Civil Veterinary Department. Madras. Admin. report 1910-25 - 1910-1925
Year: 1910
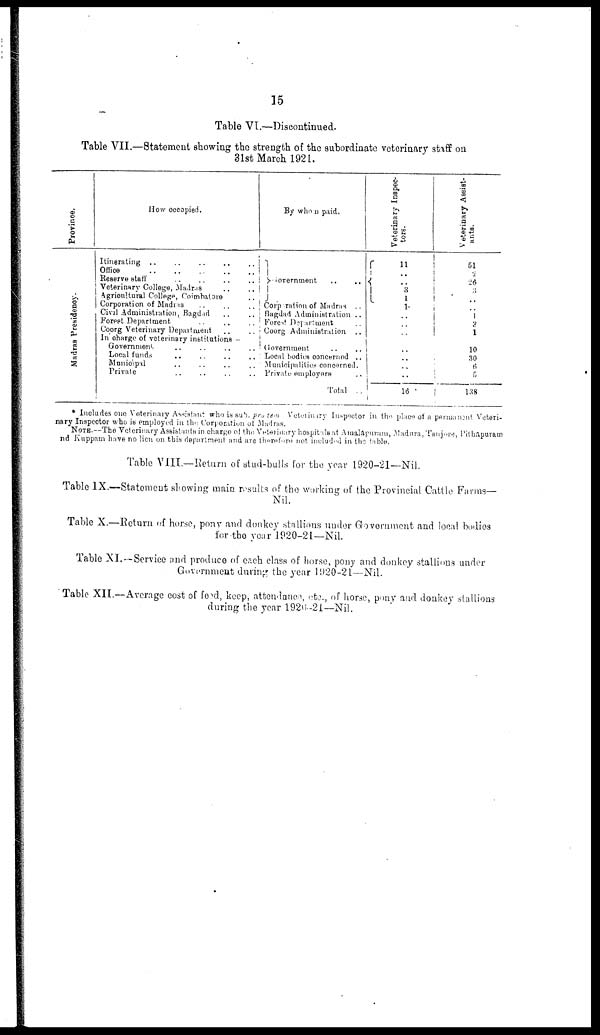
15
Table VI.—Discontinued.
Table VII.—Statement showing the strength of the subordinate veterinary staff on
31st March 1921.
Province.
Madras Presidency.
How occupied.
Itinerating .. .. .. .. ..
Office
..
..
..
..
..
Reserve staff .. .. .. ..
Veterinary College, Madras .. ..
Agricultural College, Coimbatore ..
Corporation of Madras .. .. ..
Civil Administration, Bagdad .. ..
Forest Department .. .. ..
Coorg Veterinary Department .. ..
In charge of veterinary institutions -
Government .. .. .. ..
Local funds .. .. .. ..
Municipal .. .. .. ..
Private .. .. .. ..
By whom paid.
|
Government
..
..
Corporation of Madras . .
Bagdad Administration ..
Forest Department ..
Coorg Administration ..
Government .. ..
Local bodies concerned ..
Municipalities concerned.
Private employers ..
Total . .
Veterinary Inspec-
tors.
11
..
3
1
1
..
..
..
..
.. ..
..
..
16 '
Veterinary Assist-
ants.
51
2
26
3
..
..
1
3
1
..
10
30
6
6
138
* Includes one Veterinary Assistant who is sub. pro tem Veterinary Inspector in the place of a permanent Veteri-
nary Inspector who is employed in the Corporation of Madras.
NOTE.--The Veterinary Assistants in charge of the Veterinary hospitals at Amalapuram, Madura, Tanjore, Pithapuram
nd Kuppam have no lien on this department and are therefore not included in the table.
Table VIII.—Return of stud-bulls for the year 1920-21—Nil.
Table IX.—Statement showing main results of the working of the Provincial Cattle Farms—
Nil.
Table X.—Return of horse, pony and donkey stallions under Government and local bodies
for the year 1920-21—Nil.
Table XI.—Service and produce of each class of horse, pony and donkey stallions under
Government during the year 1920-21—Nil.
Table XII.--Average cost of feed, keep, attendance, etc., of horse, pony and donkey stallions
during the year 1920-21—Nil.